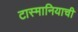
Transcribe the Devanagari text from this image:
टास्मानियाची